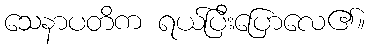
သေနာပတိက ရယ်ပြီးပြောလေ၏။